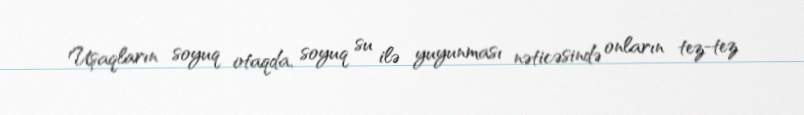
Uşaqların soyuq otaqda, soyuq su ilə yuyunması nəticəsində onların tez-tez